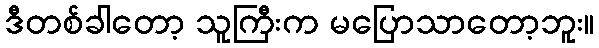
ဒီတစ်ခါတော့ သူကြီးက မပြောသာတော့ဘူး။